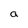
Character: a